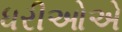
ધરીઓએ